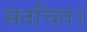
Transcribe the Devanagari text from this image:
सतचित।